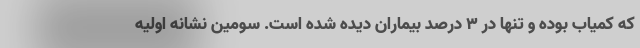
که کمیاب بوده و تنها در ۳ درصد بیماران دیده شده است. سومین نشانه اولیه